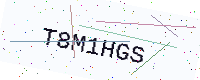
Text: T8M1HGS